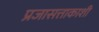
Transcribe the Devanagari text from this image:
प्रजासत्ताकाशी